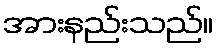
အားနည်းသည်။